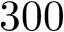
3 0 0